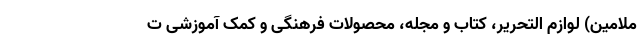
ملامین) لوازم التحریر، کتاب و مجله، محصولات فرهنگی و کمک آموزشی ت